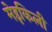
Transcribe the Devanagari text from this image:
मेइकिली